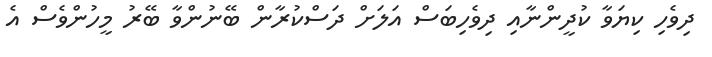
ދިވެހި ކިޔަވާ ކުދީންނާއި ދިވެހިބަސް އަލަށް ދަސްކުރާން ބޭނުންވާ ބޭރު މީހުންވެސް އެ